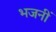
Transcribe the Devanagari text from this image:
भजनीं